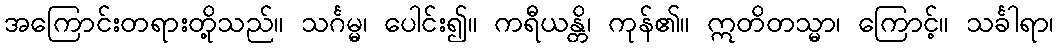
အကြောင်းတရားတို့သည်။ သင်္ဂမ္မ၊ ပေါင်း၍။ ကရီယန္တိ၊ ကုန်၏။ ဣတိတသ္မာ၊ ကြောင့်။ သင်္ခါရာ၊